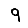
Digit: 9